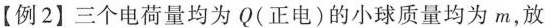
【例2】三个电荷量均为Q(正电)的小球质量均为m，放